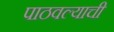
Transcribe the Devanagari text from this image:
पाठवल्याची